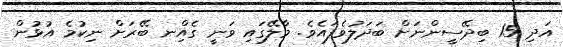
އަދި 15 ބިދޭސީންނަށްް ބަދަލުވެފައެވެ. މާލޭގައި ވަނީ ގެއިްނ ބޭރަށް ނިކުމެ އުޅުން